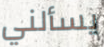
يسألني